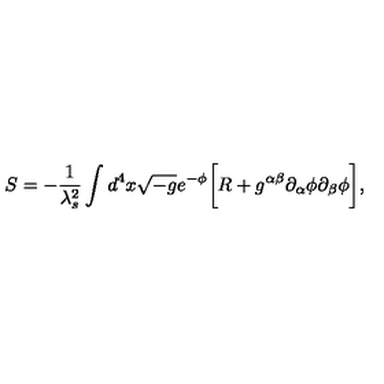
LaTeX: S = - \frac { 1 } { \lambda _ { s } ^ { 2 } } \int d ^ { 4 } x \sqrt { - g } e ^ { - \phi } \biggl [ R + g ^ { \alpha \beta } \partial _ { \alpha } \phi \partial _ { \beta } \phi \biggr ] ,